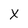
Character: X